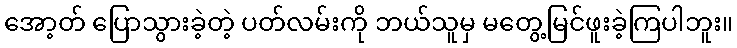
အော့တ် ပြောသွားခဲ့တဲ့ ပတ်လမ်းကို ဘယ်သူမှ မတွေ့မြင်ဖူးခဲ့ကြပါဘူး။